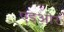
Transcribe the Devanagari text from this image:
एइओर